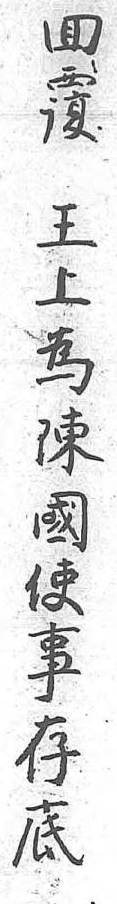
回復 王上為陳國使事存底